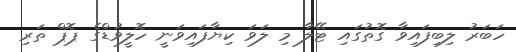
ހަބަރު ލިބިފައިވާ ގޮތުގައި ޓޭލާ މި ލަވަ ކިޔާފައިވަނީ ހޮލީވުޑްގެ ޕޮޕް ތަރި